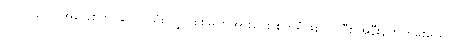
ပင်လယ်ပြင်အခြေစိုက် ဆိုလာသုံး လျှပ်စစ်ဓါတ်အားပေး စက်ရုံဖြစ်လာပြီး အနီးနား ကမ်းခြေက